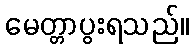
မေတ္တာပွးရသည်။